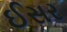
ઈસર